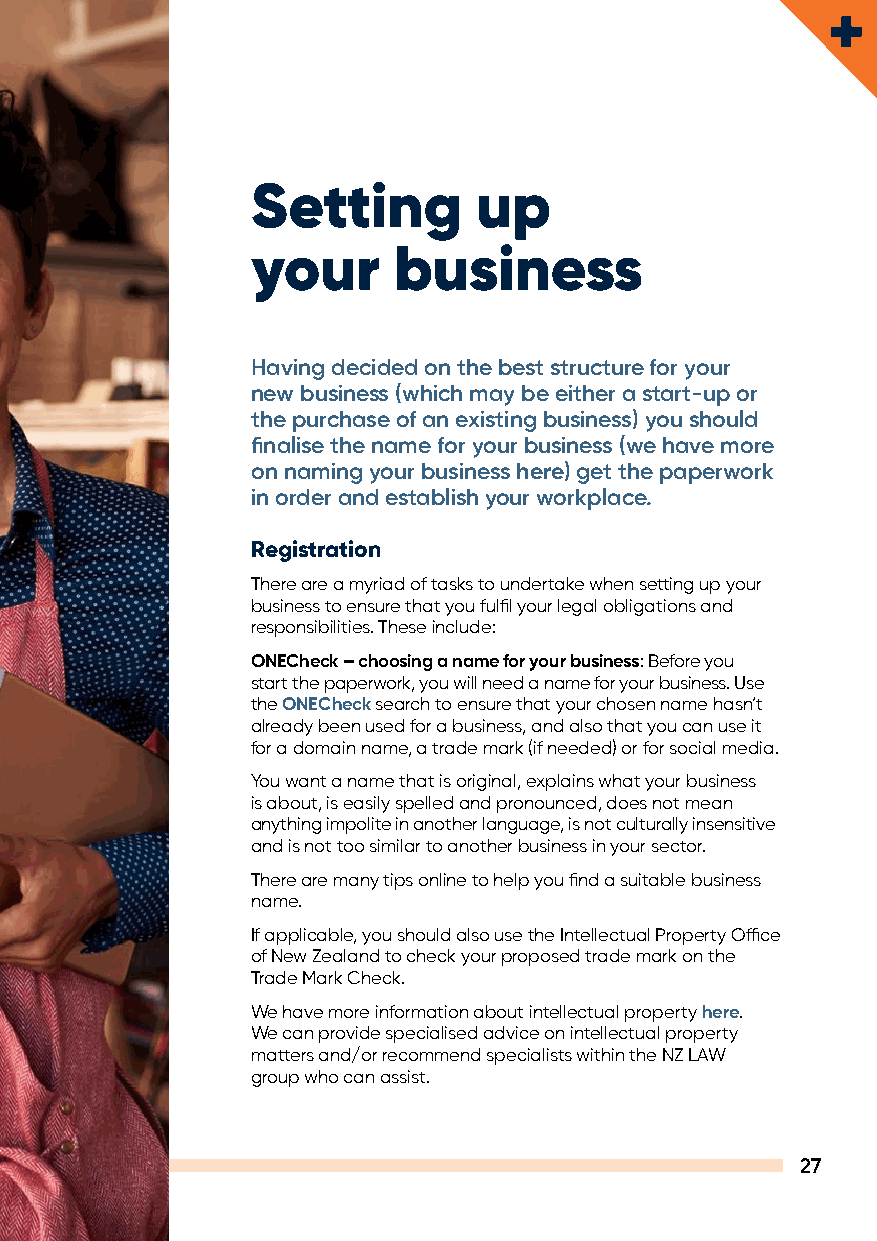
Setting        up
 your     business
 Having decided on the best structure for your
 new business (which may be either a start-up or
 the purchase of an existing business) you should
 finalise the name for your business (we have more
 on naming your business here) get the paperwork
 in order and establish your workplace.
 Registration
 There are a myriad of tasks to undertake when setting up your
 business to ensure that you fulfil your legal obligations and
 responsibilities. These include:
 ONECheck – choosing a name for your business: Before you
 start the paperwork, you will need a name for your business. Use
 the ONECheck search to ensure that your chosen name hasn’t
 already been used for a business, and also that you can use it
 for a domain name, a trade mark (if needed) or for social media.
 You want a name that is original, explains what your business
 is about, is easily spelled and pronounced, does not mean
 anything impolite in another language, is not culturally insensitive
 and is not too similar to another business in your sector.
 There are many tips online to help you find a suitable business
 name.
 If applicable, you should also use the Intellectual Property Office
 of New Zealand to check your proposed trade mark on the
 Trade Mark Check.
 We have more information about intellectual property here.
 We can provide specialised advice on intellectual property
 matters and/or recommend specialists within the NZ LAW
 group who can assist.
 27